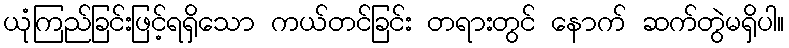
ယုံကြည်ခြင်းဖြင့်ရရှိသော ကယ်တင်ခြင်း တရားတွင် နောက် ဆက်တွဲမရှိပါ။